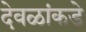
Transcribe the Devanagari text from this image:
देवळांकडे